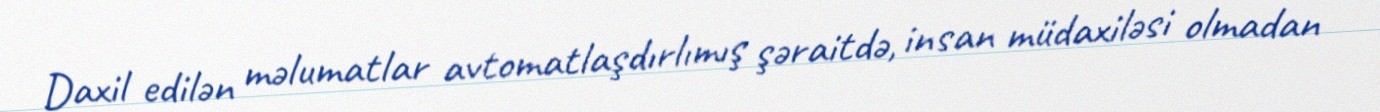
Daxil edilən məlumatlar avtomatlaşdırlımış şəraitdə, insan müdaxiləsi olmadan